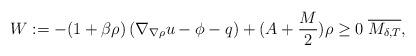
LaTeX: \begin{align*}W := - (1 + \beta \rho) \left( \nabla_{\nabla \rho} u - \phi - q \right) + (A + \frac{M}{2}) \rho \geq 0 \; \overline{M_{\delta, T}},\end{align*}